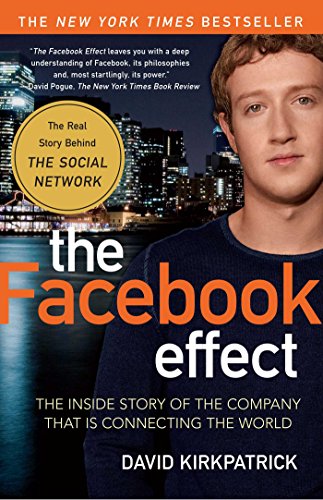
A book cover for The Facebook Effect: The Inside Story of the Company That Is Connecting the World; David Kirkpatrick; Computers & Technology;